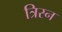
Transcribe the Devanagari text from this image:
त्रिस्न